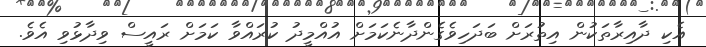
އެކި ދާއިރާތަކުން އިތުރަށް ބަދަހިވެގެންދާނެކަމަށް އުއްމީދު ކުރައްވާ ކަމަށް ރައީސް ވިދާޅުވި އެވެ.